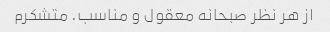
از هر‌ نظر صبحانه معقول و مناسب. متشکرم